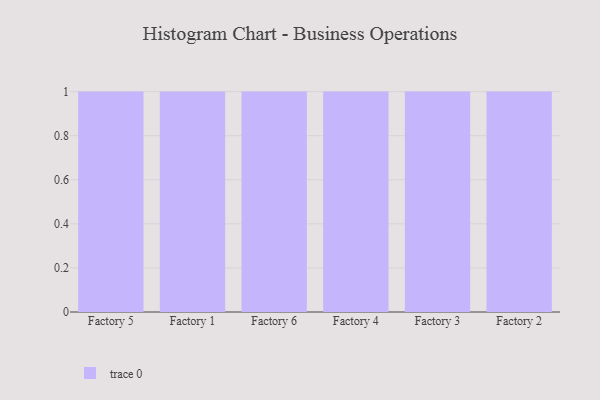
{"axis": {"x": "Factory", "y": "Inventory Turnover"}, "legend": [""], "data": [{"x": "Factory 5", "y": 80, "type": ""}, {"x": "Factory 1", "y": 50, "type": ""}, {"x": "Factory 6", "y": 57, "type": ""}, {"x": "Factory 4", "y": 45, "type": ""}, {"x": "Factory 3", "y": 38, "type": ""}, {"x": "Factory 2", "y": 73, "type": ""}]}